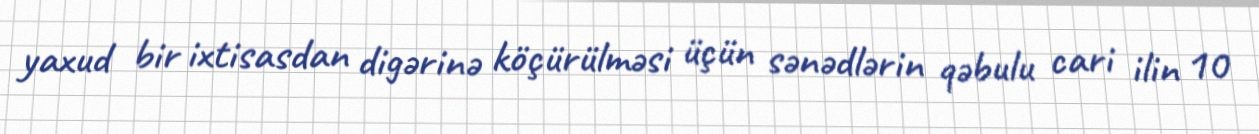
yaxud bir ixtisasdan digərinə köçürülməsi üçün sənədlərin qəbulu cari ilin 10